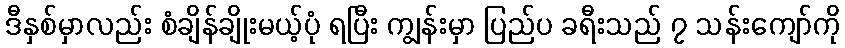
ဒီနှစ်မှာလည်း စံချိန်ချိုးမယ့်ပုံ ရပြီး ကျွန်းမှာ ပြည်ပ ခရီးသည် ၇ သန်းကျော်ကို